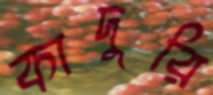
কাদুরি